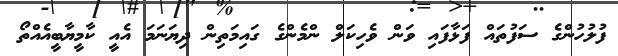
ފުލުހުންގެ ސަފުތައް ފަޅާފައި ވަން ވެހިކަލް ންމެންގެ ގައިމަތިން ދިޔަނަމަ އެއީ ކާމީޔާބީއެއްތޯ